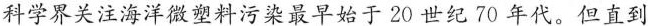
科学界关注海洋微塑料污染最早始于 20 世纪70 年代。但直到